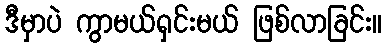
ဒီမှာပဲ ကွာမယ်ရှင်းမယ် ဖြစ်လာခြင်း။